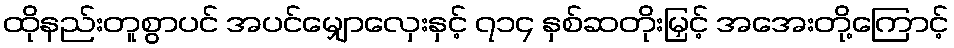
ထိုနည်းတူစွာပင် အပင်မျှောလှေးနှင့် ၇၁၄ နှစ်ဆတိုးမြှင့် အအေးတို့ကြောင့်